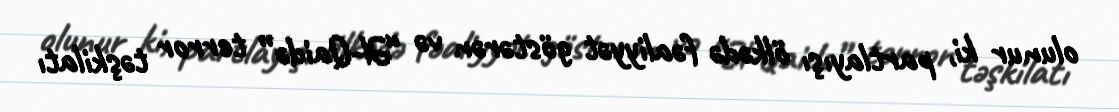
olunur ki, partlayışı ölkədə fəaliyyət göstərən və “Əl-Qaidə” terror təşkilatı